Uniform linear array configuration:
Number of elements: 64
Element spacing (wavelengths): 0.75
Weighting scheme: blackman
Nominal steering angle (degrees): -45
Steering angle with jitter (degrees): -43.52
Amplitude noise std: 0.05
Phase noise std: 0.05

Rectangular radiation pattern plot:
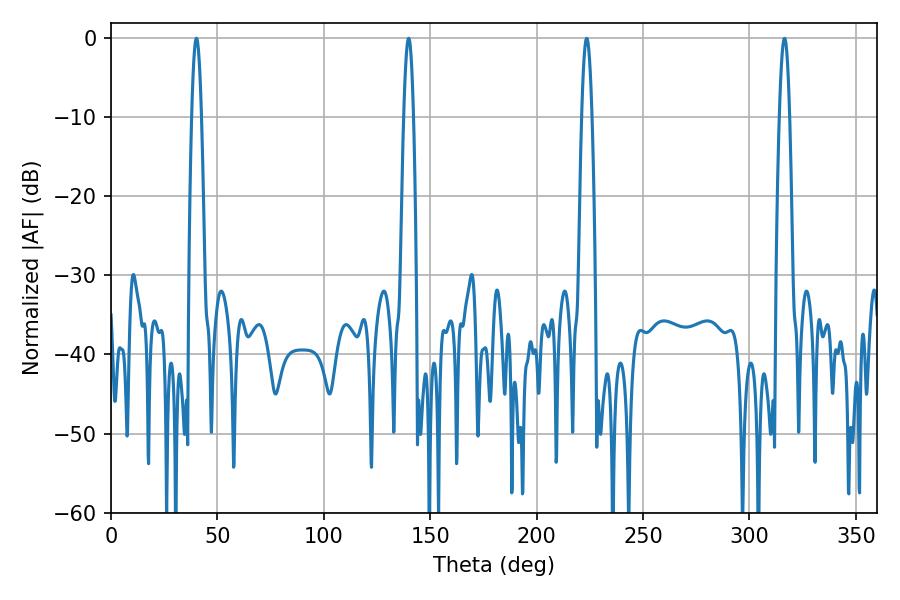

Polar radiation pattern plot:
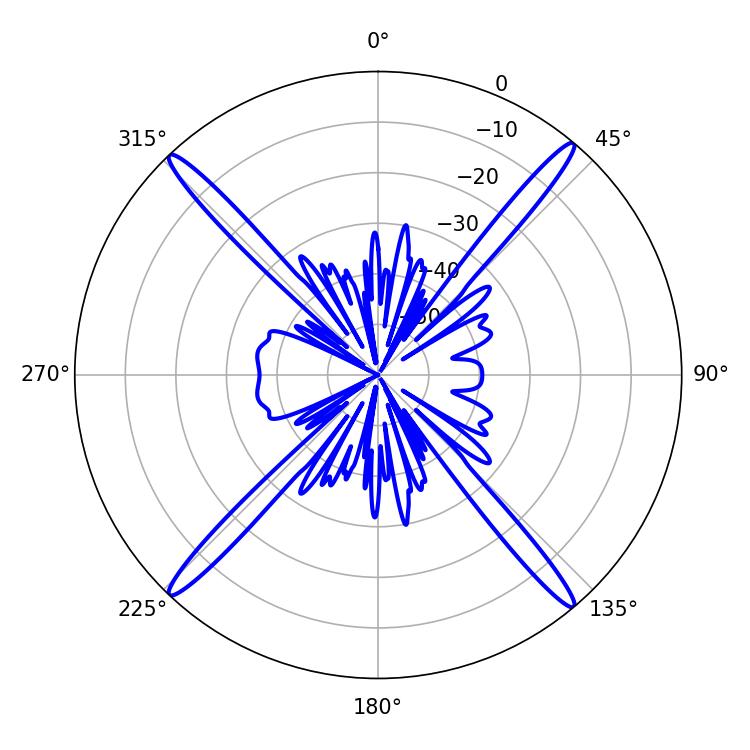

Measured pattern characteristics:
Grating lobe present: TRUE
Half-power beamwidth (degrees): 2.52
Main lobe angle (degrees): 40.14